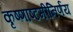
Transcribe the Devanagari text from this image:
कृष्णाष्टमीनिर्णय